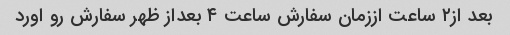
بعد از۲ ساعت اززمان سفارش ساعت ۴ بعداز ظهر سفارش رو اورد